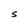
Character: S